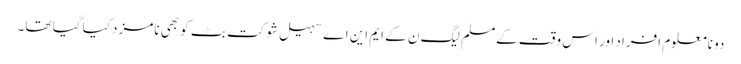
دو نامعلوم افراد اور اس وقت کےمسلم لیگ ن کے ایم این اے سہیل شوکت بٹ کو بھی نامزد کیا گیا تھا۔